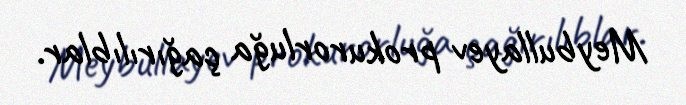
Meybullayev prokurorluğa çağırılıblar.